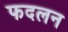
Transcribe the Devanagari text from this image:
फदलन